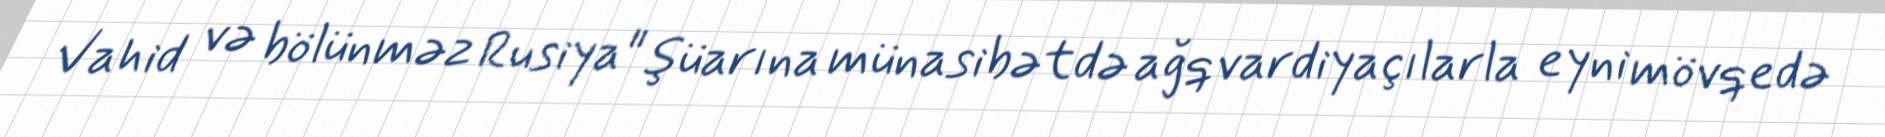
Vahid və bölünməz Rusiya" şüarına münasibətdə ağqvardiyaçılarla eyni mövqedə